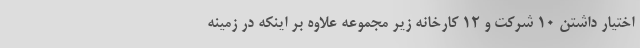
اختیار داشتن ۱۰ شرکت و ۱۲ کارخانه زیر مجموعه علاوه بر اینکه در زمینه